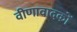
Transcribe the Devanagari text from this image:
वीणावादकों